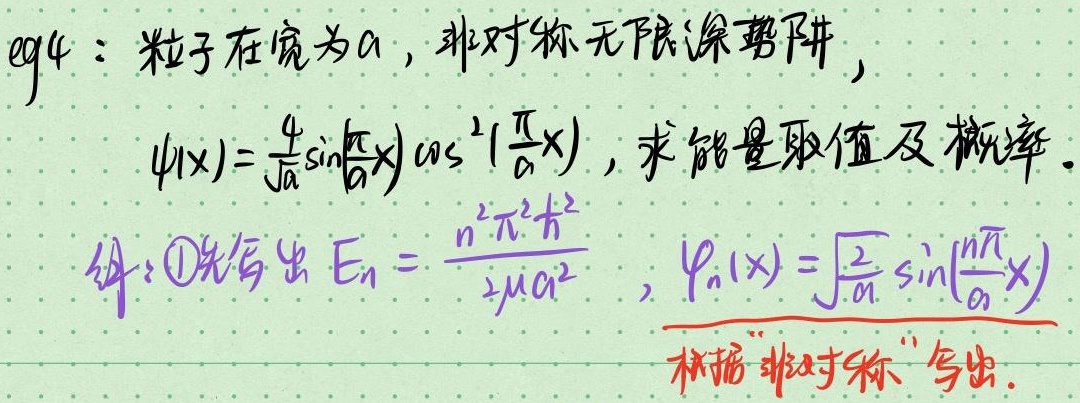
eg4：粒子在宽为\(a\)的非对称无限深势阱中，\(\psi(x)=\frac{4}{\sqrt{a}}\sin(\frac{\pi}{a}x)\cos^{2}(\frac{\pi}{a}x)\)，求能量取值及概率。

解：\textcircled{1}先写出\(E_{n} = \frac{n^{2}\pi^{2}\hbar^{2}}{2\mu a^{2}}\) ，\(\varphi_{n}(x)=\sqrt{\frac{2}{a}}\sin(\frac{n\pi}{a}x)\) ，再根据“非对称”写出后续内容。